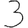
Digit: 3